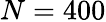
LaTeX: N=400